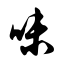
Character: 味